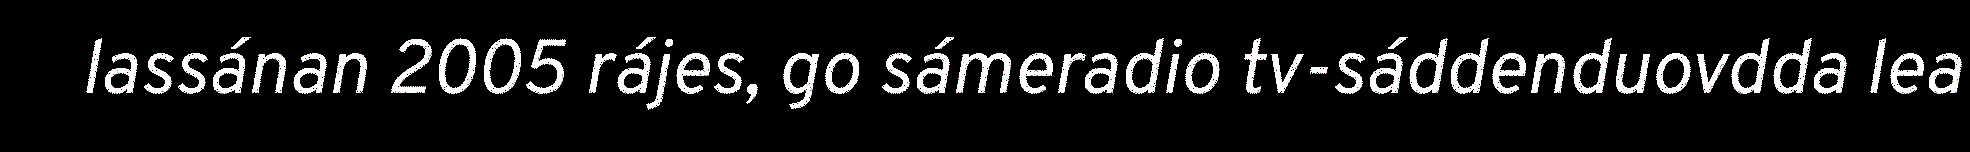
lassánan 2005 rájes, go sámeradio tv-sáddenduovdda lea